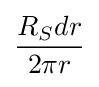
{\frac {R_{S}dr}{2\pi r}}